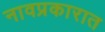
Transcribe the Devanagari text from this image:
नावप्रकारात